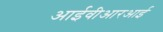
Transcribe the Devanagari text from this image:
आईवीआरआई